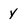
Character: Y